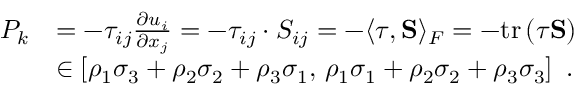
\begin{array} { r l } { P _ { k } } & { = - \tau _ { i j } \frac { \partial u _ { i } } { \partial x _ { j } } = - \tau _ { i j } \cdot S _ { i j } = - \langle \boldsymbol { \tau } , \mathbf { S } \rangle _ { F } = - \mathrm { t r } \left( \boldsymbol { \tau } \mathbf { S } \right) } \\ & { \in \left[ \rho _ { 1 } \sigma _ { 3 } + \rho _ { 2 } \sigma _ { 2 } + \rho _ { 3 } \sigma _ { 1 } , \, \rho _ { 1 } \sigma _ { 1 } + \rho _ { 2 } \sigma _ { 2 } + \rho _ { 3 } \sigma _ { 3 } \right] \ \mathrm { . } } \end{array}